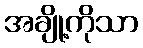
အချို့ကိုသာ